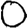
Digit: 0